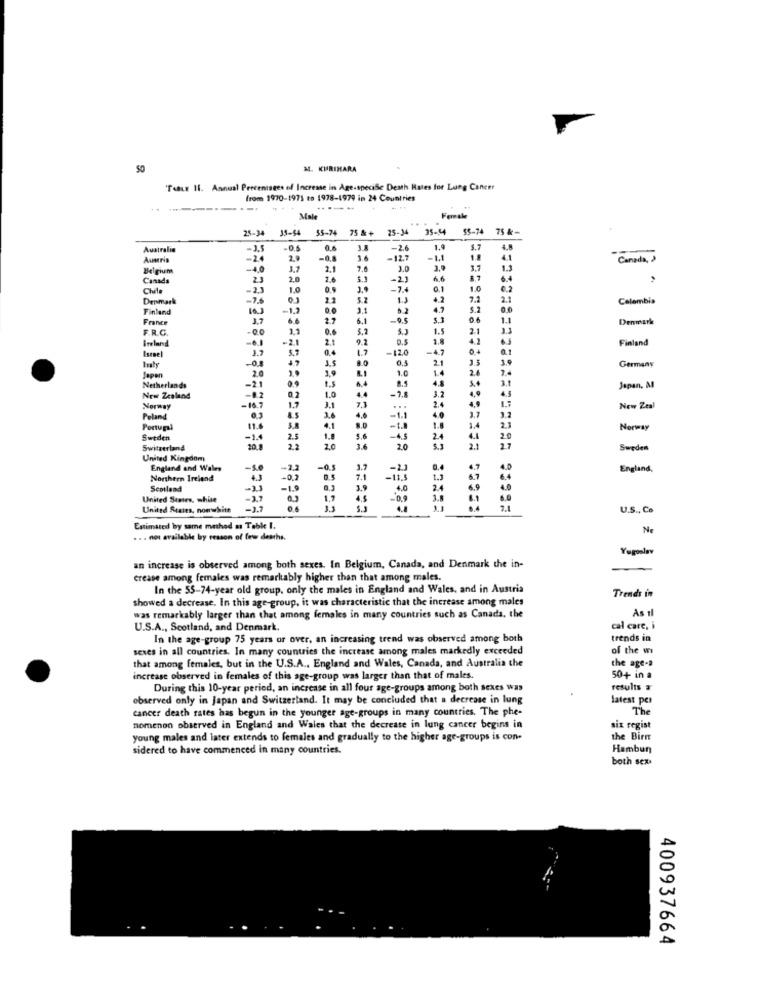
50
M4. KIRIMARA
"Taste 11. Annual Percentages of Increase in Age.specific Death Rates for Lung Cancer
from 1970-1971 to 1978-1979 in 24 Countries
.-.
----
Male
Female
25-34
35-54 55-74 75 & + 25-34
35-4
$5-74 75 &-
Australia
-3,
-0.4
0.6
-2.6
1.9
S.
4.
--
Austria
-24
2.9
-0.8
1.4
-12.1
-1.1
1.8
4.1
Canada, >
Belgium
-4.0
7.6
3.0
3.0
3.7
1.3
23
2.0
2.6
5.1
-21
6.6
8.7
6.4
-2.3
1.0
-7.4
0.1
1.0
Denmark
-7.6
2.1
5.2
1.J
4.2
7.2
2.1
Colombia
Finland
10.3
-1,2
3.1
4.7
5.2
0.0
France
6.6
2.7
6.1
-0.5
5.1
1.1
Denmark
F.R.C.
-0.0
11
0.6
3.2
1.5
2-1
-2.1
2.1
9.2
1.8
4.2
Finland
Ireland
5.7
0.4
-120
-4.7
0.1
Isznel
-0.8
3.5
0.5
2.1
1.9
hvały
20
29
3.9
1.4
2.6
2.4
Germany
Japan
5.+
3.1
Netherland
-21
3.2
Japan, M
New Zealand
-8.2
0.2
1.0
4.4
24
Norway
-16.7
1.7
3.1
7,1
1.7
New Zeal
Peland
8.5
3,6
4.6
-1.1
Portugal
11.6
4.1
8.0
.t.
Norway
Sweden
-14
2.5
1.8
5.6
2.4
20
Switzerland
20.1
2.2
2.0
3.6
2.0
2.1
27
Sweden
United Kingdom
England and Wales
-.
-2.2
-0.5
1.7
-2.3
4.7
England,
Northern Ireland
4.3
-0.1
7.1
-11.5
6.7
Scotland
-1.9
4.0
6.9
4.0
United States, white
0,3
-0,9
.1
United States, nonwhite
0.4
F
U.S ., Co
Estimated by same method as Table I.
Ne
.. . not available by reason of few desthe.
Yugoslav
an increase is observed among both sexes. In Belgium, Canada, and Denmark the in-
Grease among females was remarkably higher than that among males.
In the 55-74-year old group, only the males in England and Wales, and in Austria
Trends in
showed a decrease. In this age-group, it was characteristic that the increase among males
As tl
was remarkably larger than that among females in many countries such as Canada, the
U.S.A ., Scotland, and Denmark.
cal care, i
In the age-group 75 years or over, an increasing trend was observed among both
trends in
sexes in all countries. In many countries the increase among males markedly exceeded
of the wi
that among females, but in the U.S.A ., England and Wales, Canada, and Australia the
the age-s
increase observed in females of this age-group was larger than that of males.
50+ in a
During this 10-year period, an increase in all four age-groups among both sexes was
results .
observed only in Japan and Switzerland. It may be concluded that a decrease in lung
latest per
cancer death rates has begun in the younger age-groups in many countries. The phe-
The
nomenon observed in England and Wales that the decrease in lung cancer begins in
six regist
young males and later extends to females and gradually to the higher age-groups is con-
the Birn
sidered to have commenced in many countries.
Hambun
both sex
400937664